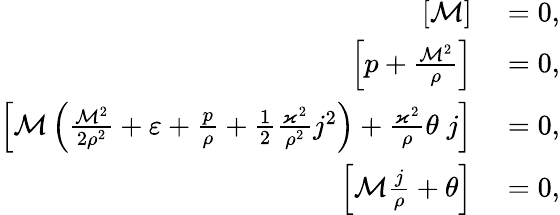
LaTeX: \begin{array}{rl}{\left[\mathcal{M}\right]}&{{}=0,}\\ {\left[p+\frac{\mathcal{M}^{2}}{\rho}\right]}&{{}=0,}\\ {\left[\mathcal{M}\left(\frac{\mathcal{M}^{2}}{2\rho^{2}}+\varepsilon+\frac{p}{\rho}+\frac{1}{2}\frac{\varkappa^{2}}{\rho^{2}}j^{2}\right)+\frac{\varkappa^{2}}{\rho}\theta\; j\right]}&{{}=0,}\\ {\left[\mathcal{M}\frac{j}{\rho}+\theta\right]}&{{}=0,}\end{array}